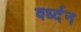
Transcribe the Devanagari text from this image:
वर्ध्दन